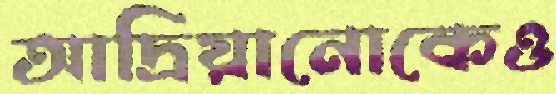
আদ্রিয়ানোকেও